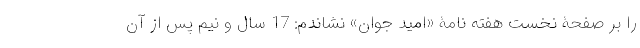
را بر صفحۀ نخست هفته نامۀ «امید جوان» نشاندم: 17 سال و نیم پس از آن